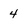
Character: 4